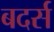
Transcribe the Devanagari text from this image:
बदर्स